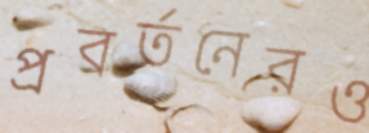
প্রবর্তনেরও